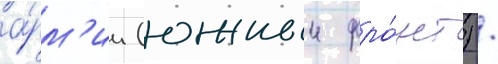
а́рм'ии (южныи фро́нт) /